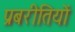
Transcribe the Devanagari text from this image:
प्रबरीतियों